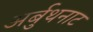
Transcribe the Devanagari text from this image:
अर्बुथनाट